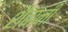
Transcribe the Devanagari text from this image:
शैबानी